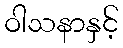
ဝါသနာနှင့်